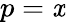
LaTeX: p=\mathit{x}